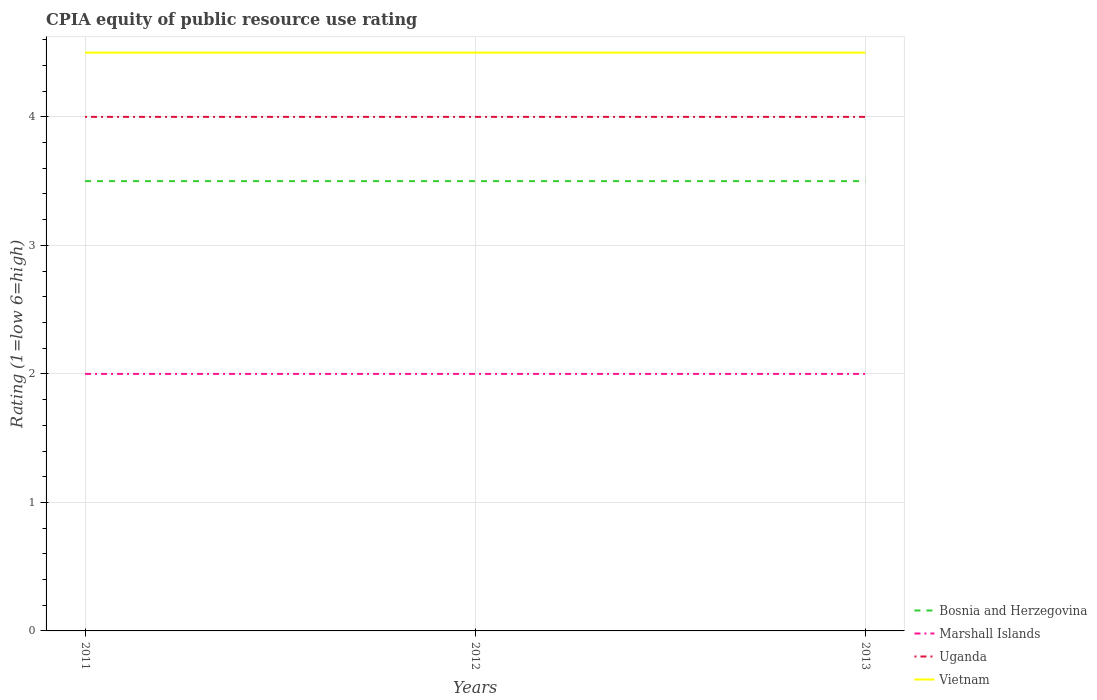
| Years | Bosnia and Herzegovina | Marshall Islands | Uganda | Vietnam |
 | --- | --- | --- | --- | --- |
 | 2011 | 3.5 | 2 | 4 | 4.5 |
 | 2012 | 3.5 | 2 | 4 | 4.5 |
 | 2013 | 3.5 | 2 | 4 | 4.5 |